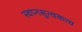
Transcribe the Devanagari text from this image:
स्वप्नसुत्वकत्व